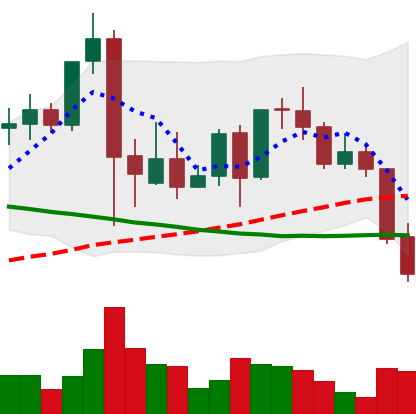
Ticker: LINK-USD
Chart end date: 2021-09-21
Forward return: 14.788%
Label: up_7plus